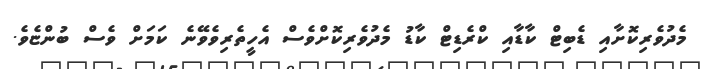
މެދުވެރިކޮށާއި ޑެބިޓް ކާޑާއި ކްރެޑިޓް ކާޑު މެދުވެރިކޮށްވެސް އެހީތެރިވެވޭނެ ކަމަށް ވެސް ބުންޏެވެ.